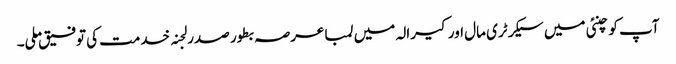
آپ کو چنئی میں سیکرٹری مال اور کیرالہ میں لمبا عرصہ بطور صدر لجنہ خدمت کی توفیق ملی۔